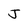
Character: J